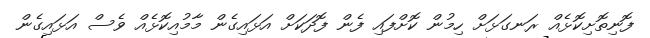
ފޮނިތޮށިކޮޅެއް ރަނގަޅަށް ހިމުން ކޮށްފައި ފެން ފޮދަކަށް އަޅައިގެން މާމުއިކޮޅެއް ވެސް އަޅައިގެން